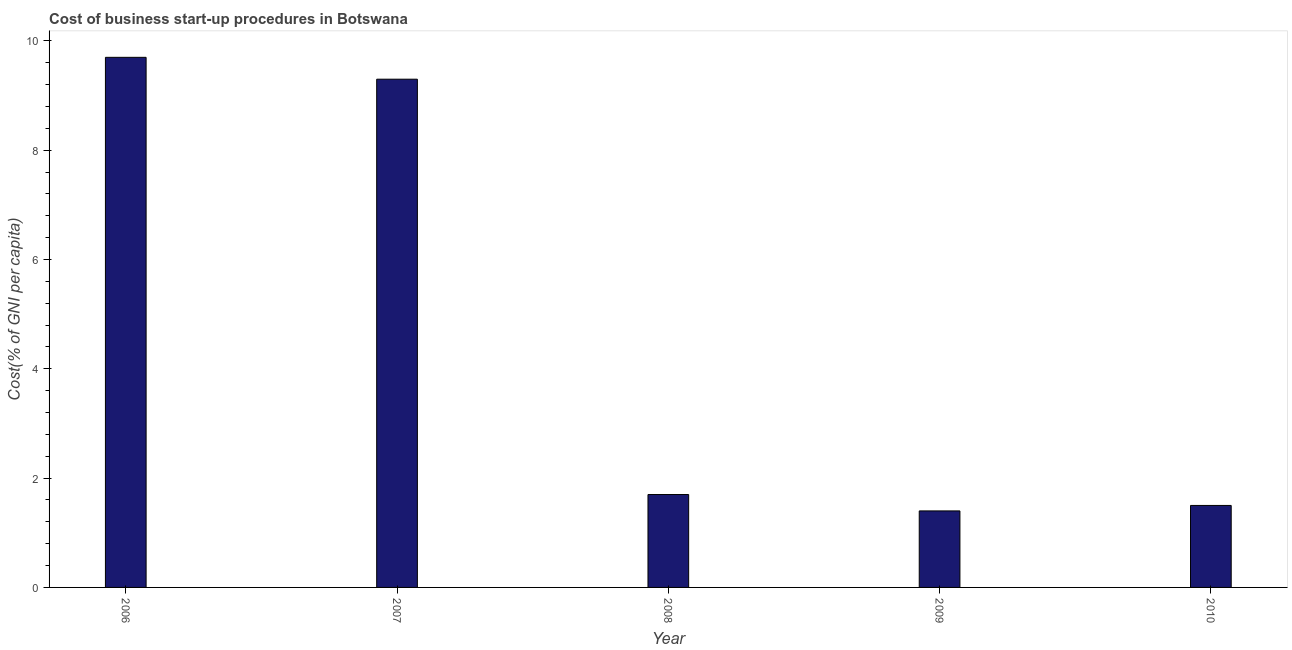
| Year | Cost |
 | --- | --- |
 | 2006 | 9.7 |
 | 2007 | 9.3 |
 | 2008 | 1.7 |
 | 2009 | 1.4 |
 | 2010 | 1.5 |